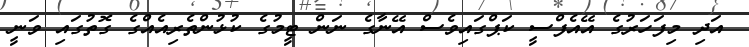
އަދި މިފަހަރުގެ އޭއެފްސީ ކަޕްގައިވެސް އޭނާގެ ނަން ޓީމުގެ ކުޅުންތެރިއެއްގެ ގޮތުގައި ވަނީ